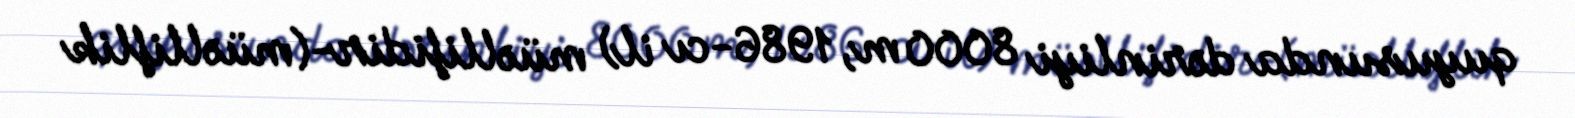
quyusunda dərinliyi 8000 m, 1986-cı il) müəllifidir-(müəlliflik